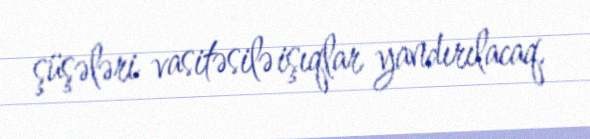
şüşələri vasitəsilə işıqlar yandırılacaq.